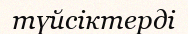
түйсіктерді